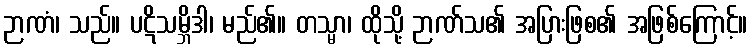
ဉာဏံ၊ သည်။ ပဋိသမ္ဘိဒါ၊ မည်၏။ တသ္မာ၊ ထိုသို့ ဉာဏ်သ၏ အပြားဖြစ၏ အဖြစ်ကြောင့်။